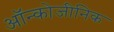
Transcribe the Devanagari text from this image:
ऑन्कोजीनिक